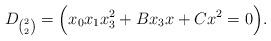
LaTeX: \begin{align*} \ \ \ D_{\binom{2}{2}}=\Bigl(x_0x_1x_3^2+B x_3x+C x^2=0\Bigr).\end{align*}